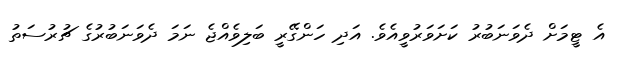
އެ ޓީމަށް ދެވަނަބުރު ކަށަވަރުވީއެވެ. އަދި ހަންގޭރީ ބަލިވެއްޖެ ނަމަ ދެވަނަބުރުގެ ޗުރުސަތު